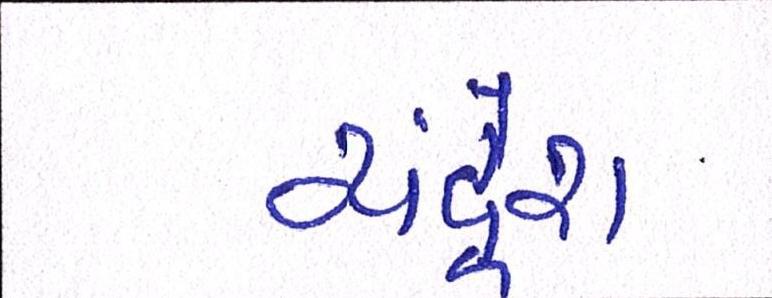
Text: ચંદ્રેશ